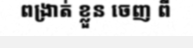
ពង្រាត់ ខ្លួន ចេញ ពី